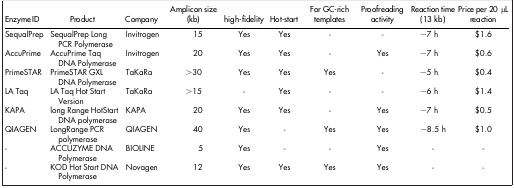
| Enzyme ID | Product | Company | Amplicon size (kb) | high-fidelity | Hot-start | For GC-rich templates | Proofreading activity | Reaction time (13 kb) | Price per 20 μL reaction |
 | --- | --- | --- | --- | --- | --- | --- | --- | --- | --- |
 | SequalPrep | SequalPrep Long PCR Polymerase | Invitrogen | 15 | Yes | Yes | - | - | ~7 h | $1.6 |
 | AccuPrime | AccuPrime Taq DNA Polymerase | Invitrogen | 20 | Yes | Yes | - | Yes | ~7 h | $0.6 |
 | PrimeSTAR | PrimeSTAR GXL DNA Polymerase | TaKaRa | >30 | Yes | Yes | Yes | - | ~5 h | $0.4 |
 | LA Taq | LA Taq Hot Start Version | TaKaRa | >15 | - | Yes | - | - | ~6 h | $1.4 |
 | KAPA | long Range HotStart DNA polymerase | KAPA | 20 | Yes | Yes | - | Yes | ~7 h | $0.5 |
 | QIAGEN | LongRange PCR polymerase | QIAGEN | 40 | Yes | - | Yes | Yes | ~8.5 h | $1.0 |
 | - | ACCUZYME DNA Polymerase | BIOLINE | 5 | Yes | - | - | Yes | - | - |
 | - | KOD Hot Start DNA Polymerase | Novagen | 12 | Yes | Yes | Yes | Yes | - | - |